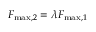
F _ { \mathrm { m a x } , 2 } = \lambda F _ { \mathrm { m a x } , 1 }